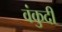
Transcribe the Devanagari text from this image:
वंकुदी